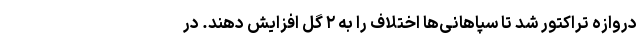
دروازه تراکتور شد تا سپاهانی‌ها اختلاف را به ۲ گل افزایش دهند. در